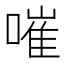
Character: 嗺